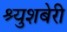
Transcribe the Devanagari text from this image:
श्र्युशबेरी